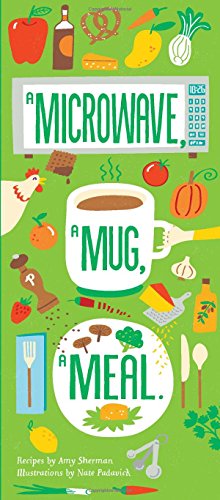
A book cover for A Microwave, A Mug, A Meal; Amy Sherman; Cookbooks, Food & Wine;